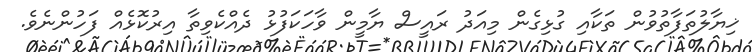
ޚިޔާލުތަފާތުވުން ތަކާއި ގުޅިގެން މިއަދު ރައީސް ޔާމީން ވާހަކަފުޅު ދެއްކެވިތާ އިރުކޮޅެއް ފަހުންނެވެ.